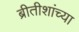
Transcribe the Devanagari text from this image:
ब्रीतीशांच्या